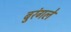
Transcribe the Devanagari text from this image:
बुरंगले